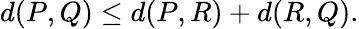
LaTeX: d(P,Q)\leq d(P,R)+d(R,Q).